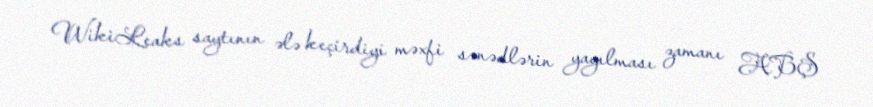
WikiLeaks saytının ələ keçirdiyi məxfi sənədlərin yayılması zamanı ABŞ